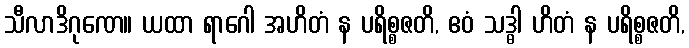
သီလာဒိဂုဏေ။ ယထာ ရာဂေါ အဟိတံ န ပရိစ္စဇတိ, ဧဝံ သဒ္ဓါ ဟိတံ န ပရိစ္စဇတိ,